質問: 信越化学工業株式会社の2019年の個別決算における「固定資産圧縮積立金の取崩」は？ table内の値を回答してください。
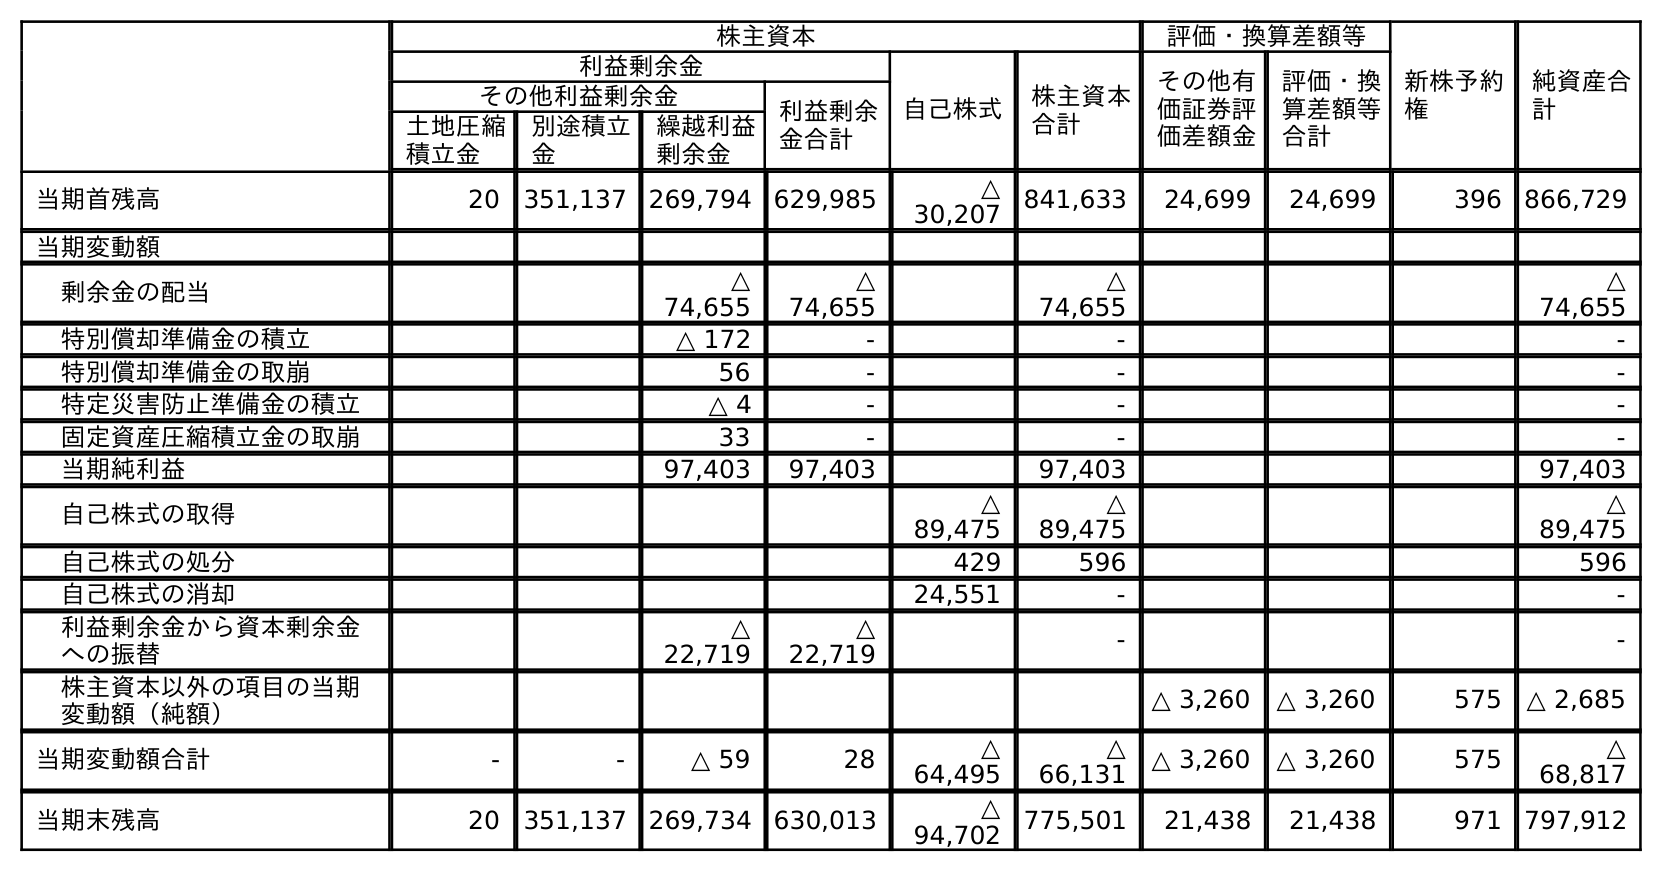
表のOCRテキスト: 株主資本 評価・換算差額等 新株予約 権 純資産合 計 利益剰余金 自己株式 株主資本 合計 その他有 価証券評 価差額金 評価・換 算差額等 合計 その他利益剰余金 利益剰余 金合計 土地圧縮 積立金 別途積立 金 繰越利益 剰余金 当期首残高 20 351,137 269,794 629,985 △ 30,207 841,633 24,699 24,699 396 866,729 当期変動額 剰余金の配当 △ 74,655 △ 74,655 △ 74,655 △ 74,655 特別償却準備金の積立 △ 172 - - - 特別償却準備金の取崩 56 - - - 特定災害防止準備金の積立 △ 4 - - - 固定資産圧縮積立金の取崩 33 - - - 当期純利益 97,403 97,403 97,403 97,403 自己株式の取得 △ 89,475 △ 89,475 △ 89,475 自己株式の処分 429 596 596 自己株式の消却 24,551 - - 利益剰余金から資本剰余金 への振替 △ 22,719 △ 22,719 - - 株主資本以外の項目の当期 変動額（純額） △ 3,260 △ 3,260 575 △ 2,685 当期変動額合計 - - △ 59 28 △ 64,495 △ 66,131 △ 3,260 △ 3,260 575 △ 68,817 当期末残高 20 351,137 269,734 630,013 △ 94,702 775,501 21,438 21,438 971 797,912
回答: -